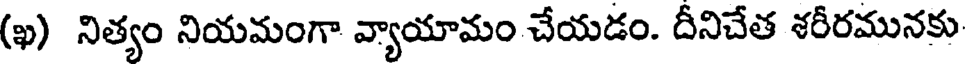
(ఖ) నిత్యం నియమంగా వ్యాయామం చేయడం. దీనిచేత శరీరమునకు